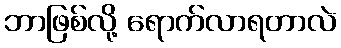
ဘာဖြစ်လို့ ရောက်လာရတာလဲ